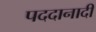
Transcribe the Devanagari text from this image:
पददानादी